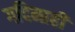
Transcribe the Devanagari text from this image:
गदिमाही